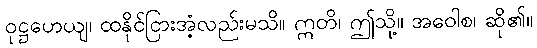
ဝုဋ္ဌဟေယျ၊ ထနိုင်ငြားအံ့လည်းမသိ။ ဣတိ၊ ဤသို့။ အဝေါစ၊ ဆို၏။